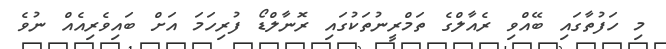
މި ހަފުތާގައި ބޭއްވި ރެއާލްގެ ތަމްރީނުތަކުގައި ރޮނާލްޑޯ ފުރިހަމަ އަށް ބައިވެރިއެއް ނުވެ